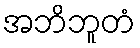
အဘိဘူတံ